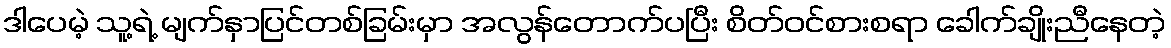
ဒါပေမဲ့ သူ့ရဲ့ မျက်နှာပြင်တစ်ခြမ်းမှာ အလွန်တောက်ပပြီး စိတ်ဝင်စားစရာ ခေါက်ချိုးညီနေတဲ့